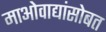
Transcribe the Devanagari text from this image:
माओवाद्यांसोबत